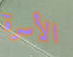
الأسرة